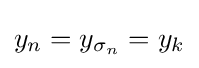
y_{n}=y_{\sigma _{n}}=y_{k}